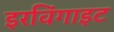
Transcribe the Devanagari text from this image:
इरविंगाइट